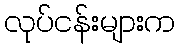
လုပ်ငန်းများက